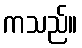
ကသည်။